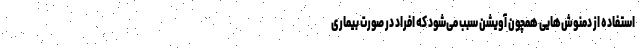
استفاده از دمنوش‌هایی همچون آویشن سبب می‌شود که افراد در صورت بیماری